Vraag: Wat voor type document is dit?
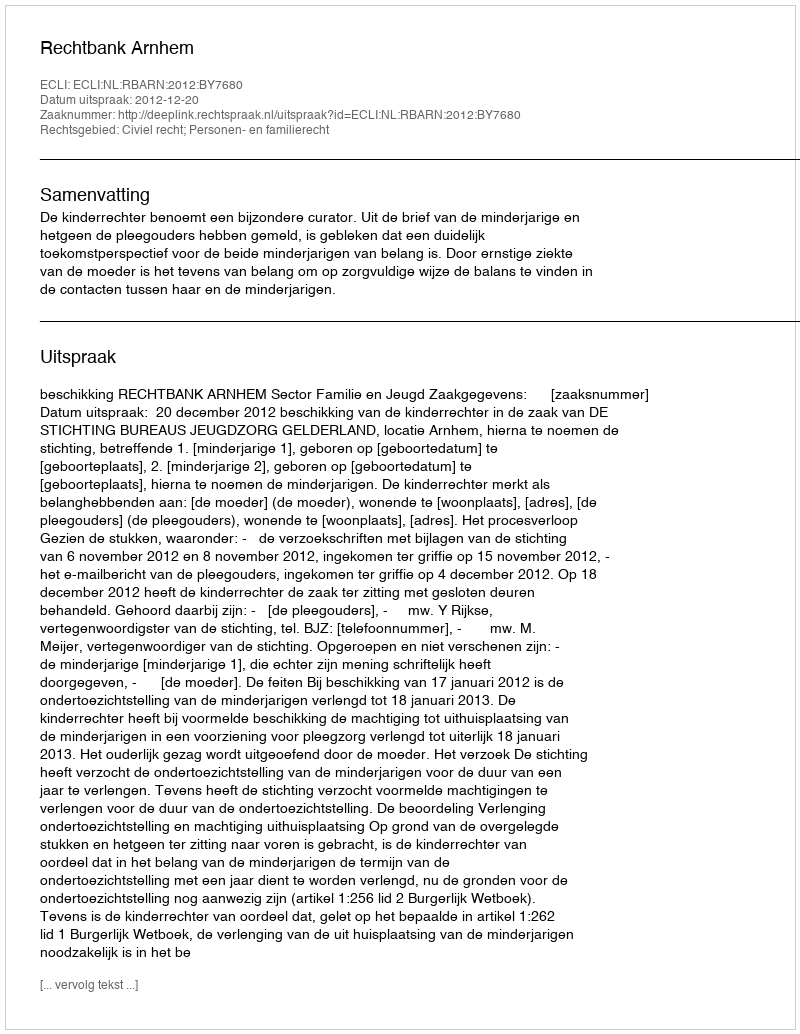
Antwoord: Uitspraak